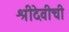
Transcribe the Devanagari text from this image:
श्रीदेवीची